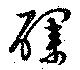
醭